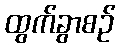
ထွက်ခွာစဉ်